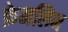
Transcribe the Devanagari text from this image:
फ्रेमलिन